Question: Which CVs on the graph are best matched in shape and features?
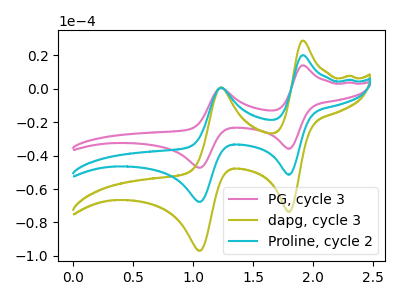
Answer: <think>The pink curve "PG, cycle 3" has anodic peaks at (1.90V, 14.05uA) (1.25V, 0.45uA) and cathodic peaks at (1.80V, -35.90uA) (1.05V, -47.25uA). The olive curve "dapg, cycle 3" has anodic peaks at (1.90V, 40.30uA) (1.25V, 1.35uA) and cathodic peaks at (1.80V, -102.85uA) (1.05V, -135.35uA). The cyan curve "Proline, cycle 2" has anodic peaks at (1.90V, 20.15uA) (1.25V, 0.65uA) and cathodic peaks at (1.80V, -51.45uA) (1.05V, -67.70uA).
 All the peaks in "PG, cycle 3" have a peak in "dapg, cycle 3" at the same potential. Every peak in "PG, cycle 3" is lower than every peak in "dapg, cycle 3". All the peaks in "PG, cycle 3" have a peak in "Proline, cycle 2" at the same potential. Every peak in "PG, cycle 3" is lower than every peak in "Proline, cycle 2". All the peaks in "dapg, cycle 3" have a peak in "Proline, cycle 2" at the same potential. Every peak in "dapg, cycle 3" is higher than every peak in "Proline, cycle 2".</think>
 <answer>"PG, cycle 3", "dapg, cycle 3" and "Proline, cycle 2" have the same shape and are likely CV's of the same chemical.</answer>
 <eval>"PG, cycle 3" "dapg, cycle 3" "Proline, cycle 2"</eval>